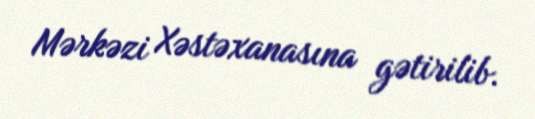
Mərkəzi Xəstəxanasına gətirilib.